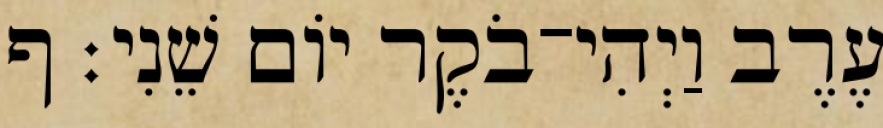
עֶרֶב וַיְהִי־בֹקֶר יֹום שֵׁנִי׃ ף